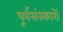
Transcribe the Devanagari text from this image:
पूर्वसंस्कारों